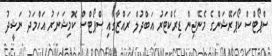
ސްޕޯޓްސް ކޯޕަރޭޝަންގެ މެނޭޖިން ޑިރެކްޓަރު އަބްދުލް ރައްޒާގާއި ސްޕޯޓްސް ކޮމިޝަނަަރު އަހްމަދު ނަޝީދު